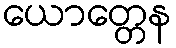
ယောတ္တေန